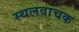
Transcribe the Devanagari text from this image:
स्थलवाचक